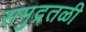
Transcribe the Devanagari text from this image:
समुद्रतळी